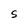
Character: S